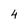
Character: 4